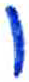
אות: ו